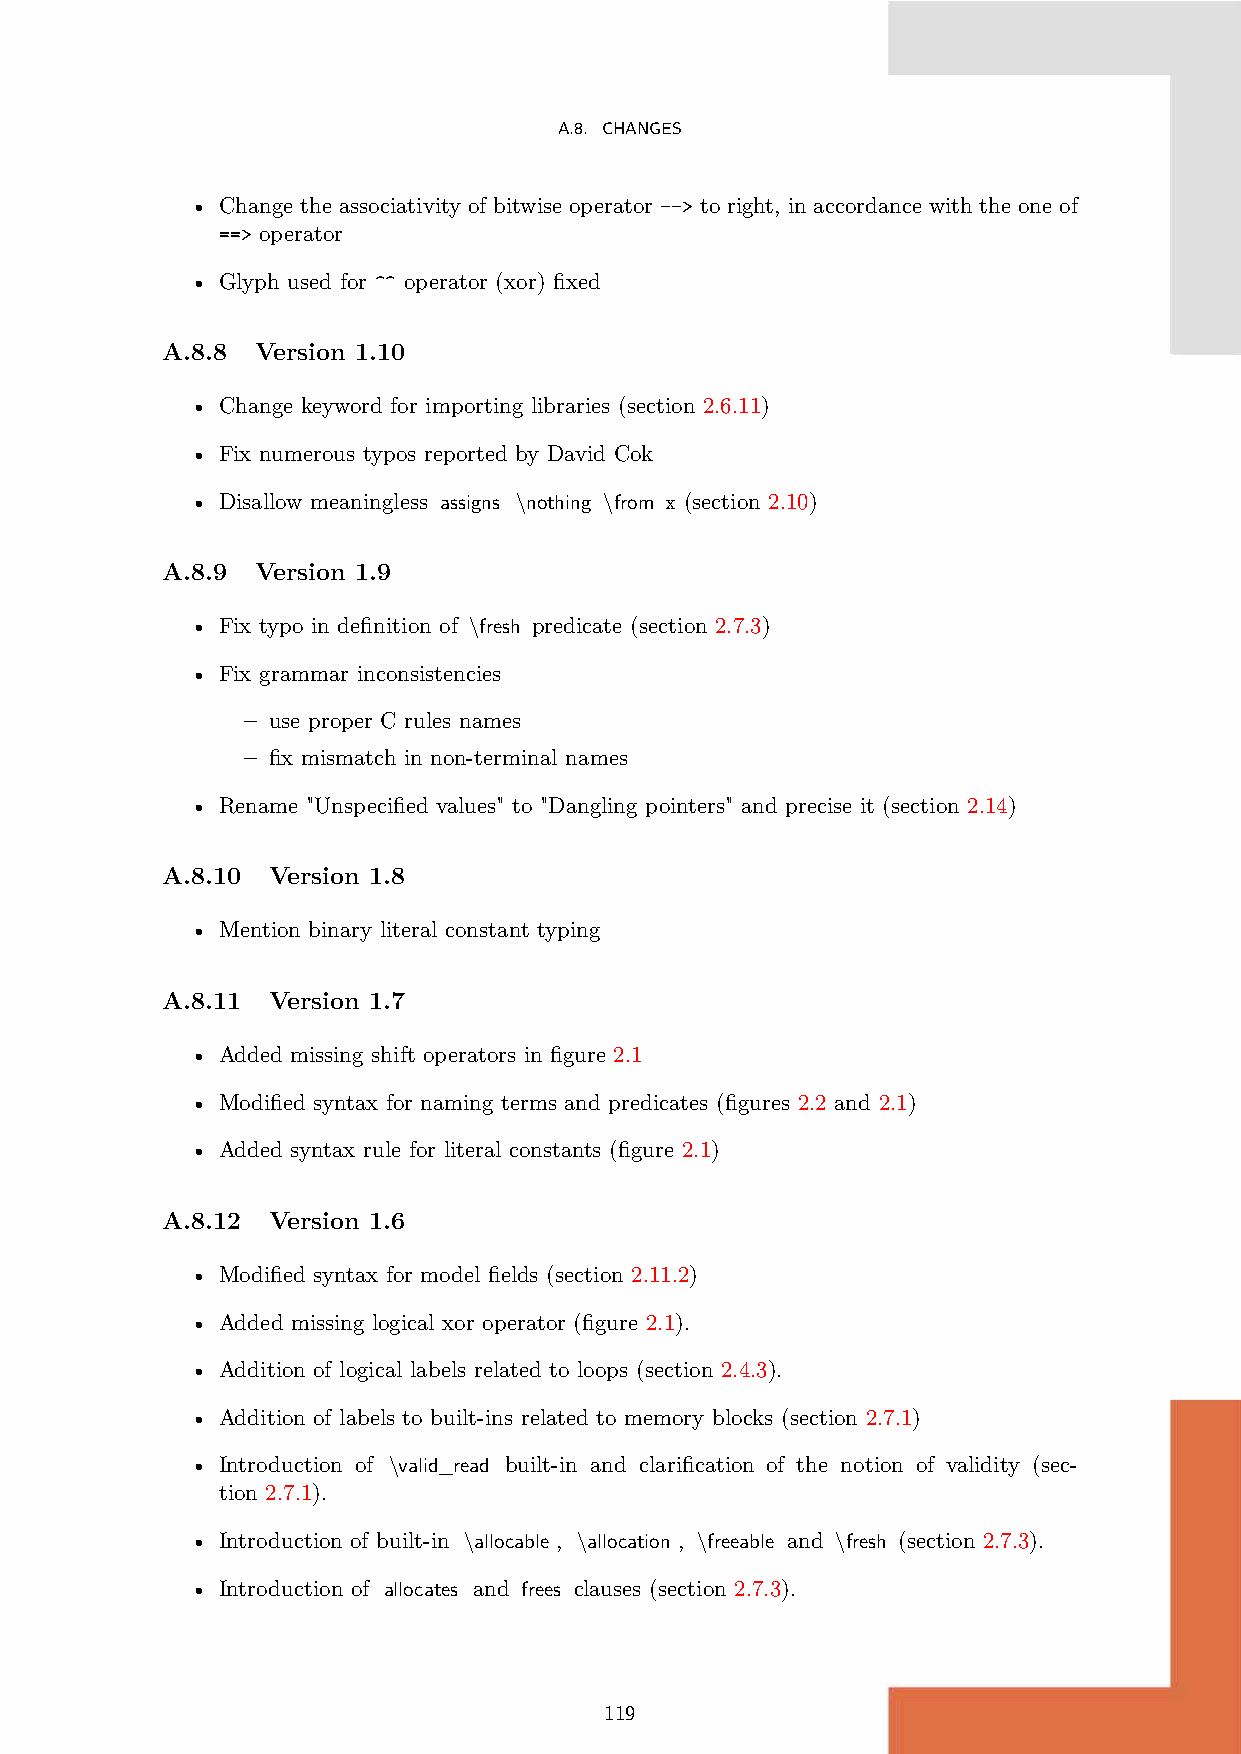
A.8. CHANGES
 • Change the associativity of bitwise operator --> to right, in accordance with the one of
 ==> operator
 • Glyph used for ^^ operator (xor) fixed
 A.8.8 Version 1.10
 • Change keyword for importing libraries (section 2.6.11)
 • Fix numerous typos reported by David Cok
 • Disallow meaningless assigns \nothing \from x (section 2.10)
 A.8.9 Version 1.9
 • Fix typo in definition of \fresh predicate (section 2.7.3)
 • Fix grammar inconsistencies
 – use proper C rules names
 – fix mismatch in non-terminal names
 • Rename "Unspecified values" to "Dangling pointers" and precise it (section 2.14)
 A.8.10 Version 1.8
 • Mention binary literal constant typing
 A.8.11 Version 1.7
 • Added missing shift operators in figure 2.1
 • Modified syntax for naming terms and predicates (figures 2.2 and 2.1)
 • Added syntax rule for literal constants (figure 2.1)
 A.8.12 Version 1.6
 • Modified syntax for model fields (section 2.11.2)
 • Added missing logical xor operator (figure 2.1).
 • Addition of logical labels related to loops (section 2.4.3).
 • Addition of labels to built-ins related to memory blocks (section 2.7.1)
 • Introduction of \valid_read built-in and clarification of the notion of validity (sec-
 tion 2.7.1).
 • Introduction of built-in \allocable , \allocation , \freeable and \fresh (section 2.7.3).
 • Introduction of allocates and frees clauses (section 2.7.3).
 119